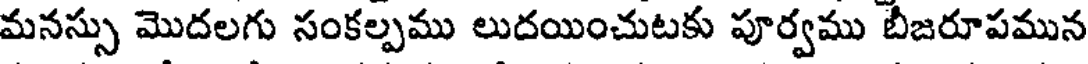
మనస్సు మొదలగు సంకల్పము లుదయించుటకు పూర్వము బీజరూపమున